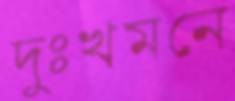
দুঃখমনে